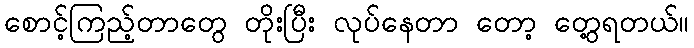
စောင့်ကြည့်တာတွေ တိုးပြီး လုပ်နေတာ တော့ တွေ့ရတယ်။